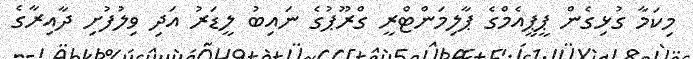
މިކަމާ ގުޅިގެން ޕީޕީއެމްގެ ޕާލިމަންޓްރީ ގްރޫޕުގެ ނައިބު ލީޑަރު އަދި ވިލުފުށި ދާއިރާގެ